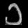
Digit: ၁